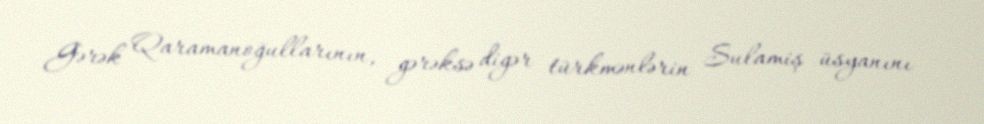
Gərək Qaramanoğullarının, gərəksə digər türkmənlərin Sulamiş üsyanını